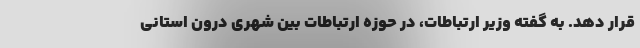
قرار دهد. به گفته وزیر ارتباطات، در حوزه ارتباطات بین شهری درون استانی